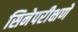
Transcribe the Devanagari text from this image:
सिनेपरीक्षणे